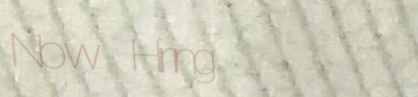
Now Hiring